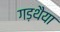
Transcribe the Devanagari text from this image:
गड़थैया